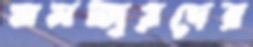
মনজুরদের